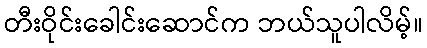
တီးဝိုင်းခေါင်းဆောင်က ဘယ်သူပါလိမ့်။